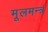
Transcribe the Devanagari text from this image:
मूलमन्त्रं